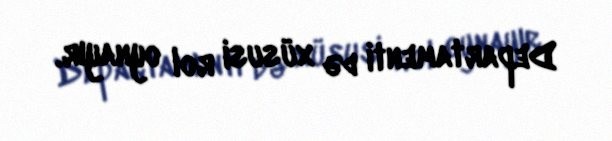
Departamenti də xüsusi rol oynayır.